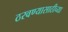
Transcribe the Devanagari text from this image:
ठरवण्यासाठीच्या